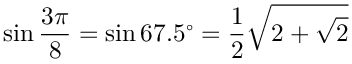
\sin { \frac { 3 \pi } { 8 } } = \sin 6 7 . 5 ^ { \circ } = { \frac { 1 } { 2 } } { \sqrt { 2 + { \sqrt { 2 } } } }